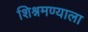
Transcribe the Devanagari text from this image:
शिश्नमण्याला